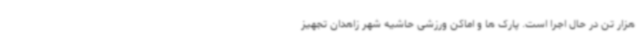
هزار تن در حال اجرا است. پارک ها و اماکن ورزشی حاشیه شهر زاهدان تجهیز